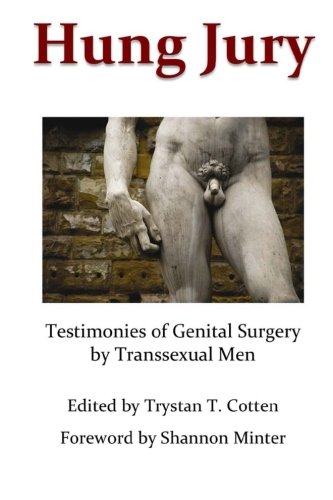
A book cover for Hung Jury: Testimonies of Genital Surgery by Transsexual Men; Trystan Theosophus Cotten; Gay & Lesbian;